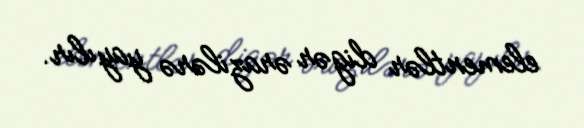
elementlər digər ərazilərə yayılır.